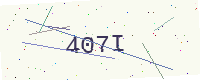
Text: 407I